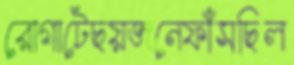
রোগাটেছয়জনেফাঁসছিল